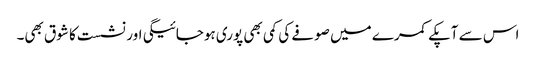
اس سے آپکے کمرے میں صوفے کی کمی بھی پوری ہوجائیگی اور نشست کا شوق بھی۔